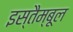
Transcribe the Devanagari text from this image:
इस्तैम्बूल